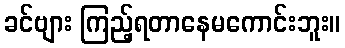
ခင်ဗျား ကြည့်ရတာနေမကောင်းဘူး။